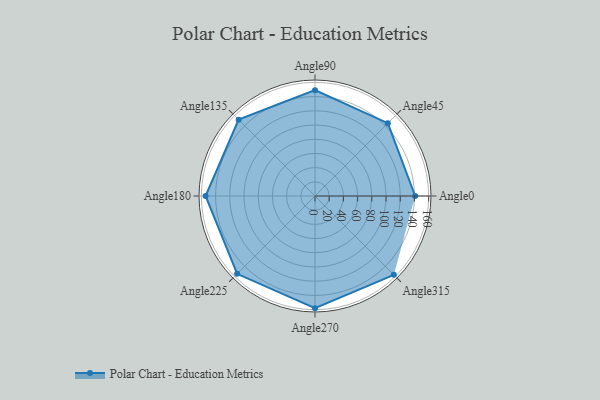
{"axis": {"x": "Angle", "y": "Radius"}, "legend": [""], "data": [{"x": "Angle0", "y": 141.0, "type": ""}, {"x": "Angle45", "y": 145.0, "type": ""}, {"x": "Angle90", "y": 149.0, "type": ""}, {"x": "Angle135", "y": 152.0, "type": ""}, {"x": "Angle180", "y": 154.0, "type": ""}, {"x": "Angle225", "y": 155.0, "type": ""}, {"x": "Angle270", "y": 158.0, "type": ""}, {"x": "Angle315", "y": 157.0, "type": ""}]}